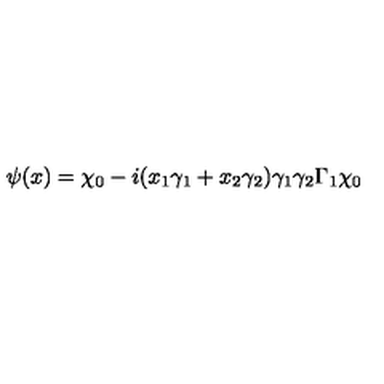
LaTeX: \psi ( x ) = \chi _ { 0 } - i ( x _ { 1 } \gamma _ { 1 } + x _ { 2 } \gamma _ { 2 } ) \gamma _ { 1 } \gamma _ { 2 } \Gamma _ { 1 } \chi _ { 0 }